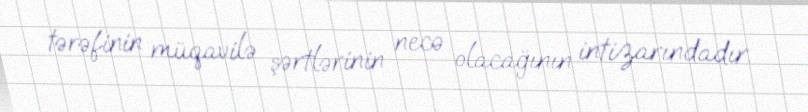
tərəfinin müqavilə şərtlərinin necə olacağının intizarındadır.